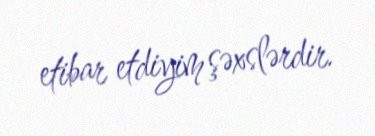
etibar etdiyim şəxslərdir.